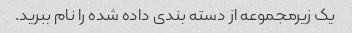
یک زیرمجموعه از دسته بندی داده شده را نام ببرید.